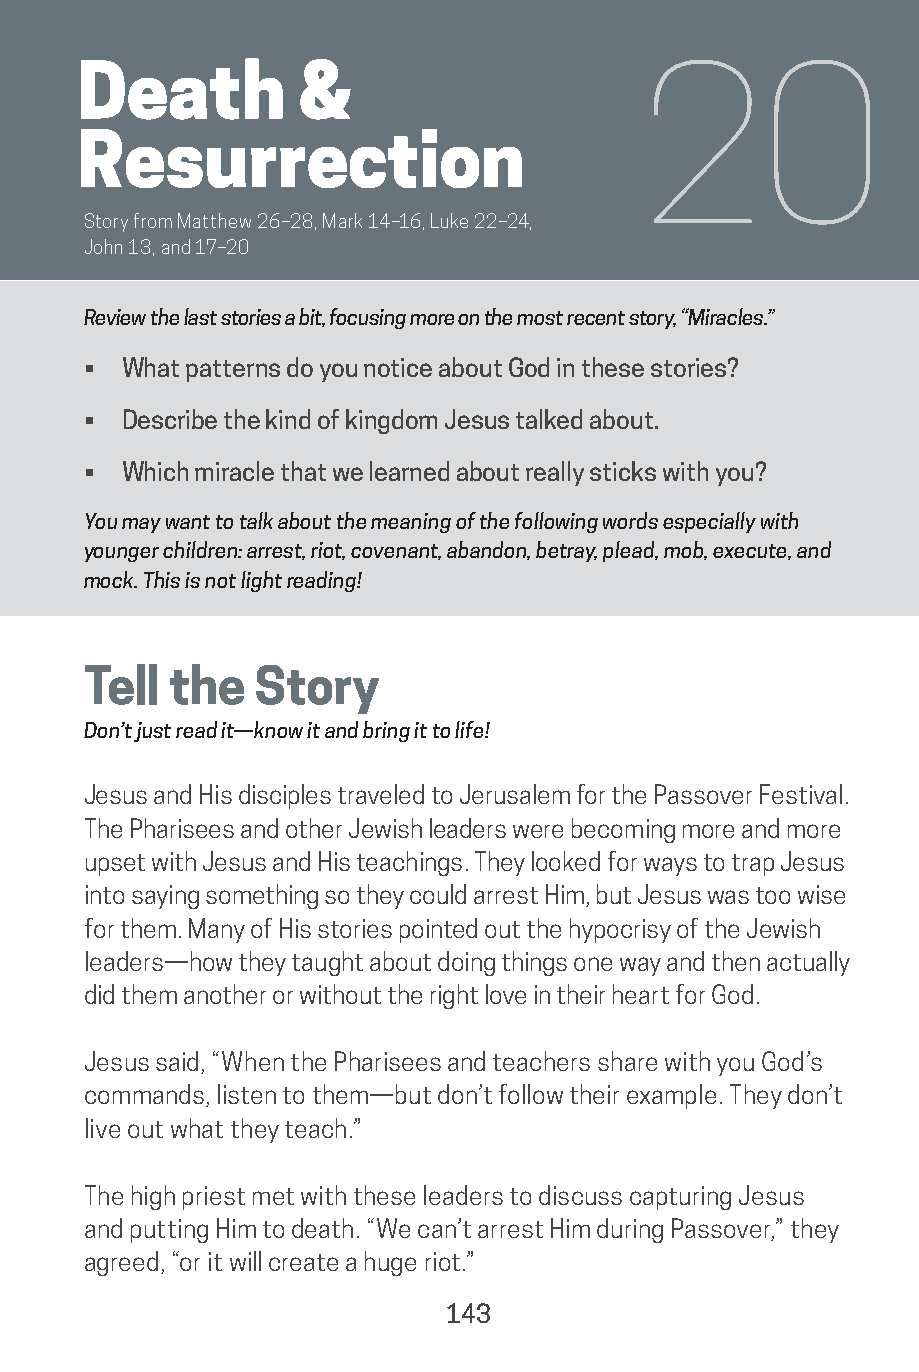
Chapter # | Title
 Death         &                      20
 Resurrection
 Story from Matthew 26–28, Mark 14–16, Luke 22–24,
 John 13, and 17–20
 Review the last stories a bit, focusing more on the most recent story, “Miracles.”
 •  What patterns do you notice about God in these stories?
 •  Describe the kind of kingdom Jesus talked about.
 •  Which miracle that we learned about really sticks with you?
 You may want to talk about the meaning of the following words especially with
 younger children: arrest, riot, covenant, abandon, betray, plead, mob, execute, and
 mock. This is not light reading!
 Tell  the  Story
 Don’t just read it—know it and bring it to life!
 Jesus and His disciples traveled to Jerusalem for the Passover Festival.
 The Pharisees and other Jewish leaders were becoming more and more
 upset with Jesus and His teachings. They looked for ways to trap Jesus
 into saying something so they could arrest Him, but Jesus was too wise
 for them. Many of His stories pointed out the hypocrisy of the Jewish
 leaders—how they taught about doing things one way and then actually
 did them another or without the right love in their heart for God.
 Jesus said, “When the Pharisees and teachers share with you God’s
 commands, listen to them—but don’t follow their example. They don’t
 live out what they teach.”
 The high priest met with these leaders to discuss capturing Jesus
 and putting Him to death. “We can’t arrest Him during Passover,” they
 agreed, “or it will create a huge riot.”
 143
 saturate-story_of_god_kids-2.indd 143             8/10/17 10:11 PM